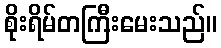
စိုးရိမ်တကြီးမေးသည်။